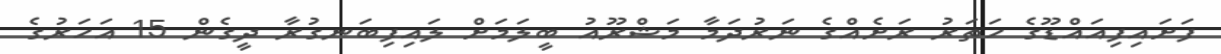
ފަށައިފިއައްޑޫގެ ހަތަރު ރަށެއްގެ ނަރުދަމާ މަޝްރޫއު ބީލަމަށް ލައިފިބަނގުރާ ދީގެން 15 އަހަރުގެ